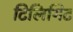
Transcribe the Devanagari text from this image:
टिलिगिट